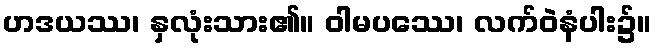
ဟဒယဿ၊ နှလုံးသား၏။ ဝါမပဿေ၊ လက်ဝဲနံပါး၌။